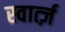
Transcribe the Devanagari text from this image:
स्वार्त्ज़